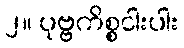
၂။ ပုဗ္ဗကိစ္စငါးပါး